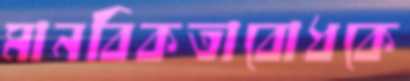
মানবিকতাবোধকে